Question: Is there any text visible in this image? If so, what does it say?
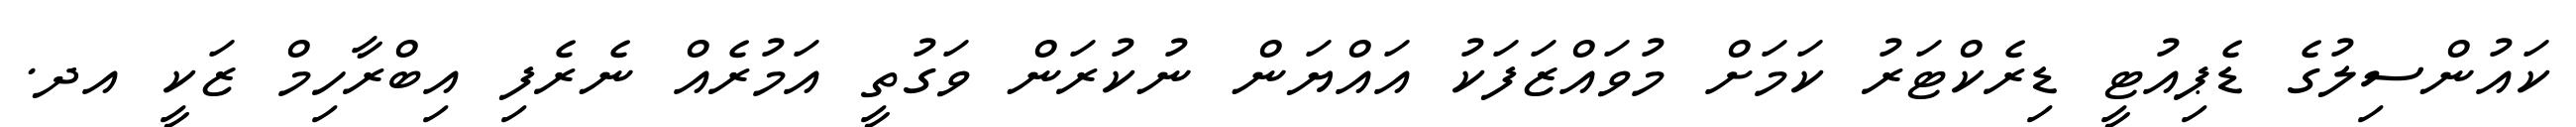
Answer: ކައުންސިލުގެ ޑެޕިއުޓީ ޑިރެކްޓަރު ކަމަށް މުވައްޒަފަކު އައްޔަން ނުކުރަން ވަގުތީ އަމުރެއް ނެރެފި އިބްރާހިމް ޒަކީ އދ.